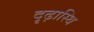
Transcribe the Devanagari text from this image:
दृढ़ास्थि